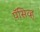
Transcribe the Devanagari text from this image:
पॅसिव्ह